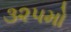
૩૨૫મો